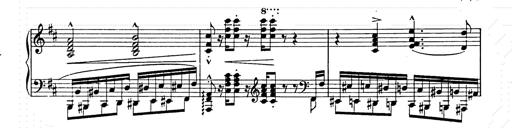
Title: Ballade No.2
Composer: Jan Skrzydlewski
Key: B minor